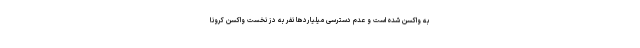
به واكسن شده است و عدم دسترسی میلیاردها نفر به دُز نخست واکسن کرونا